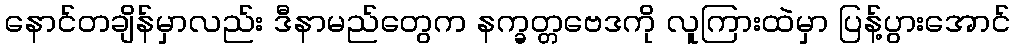
နောင်တချိန်မှာလည်း ဒီနာမည်တွေက နက္ခတ္တဗေဒကို လူကြားထဲမှာ ပြန့်ပွားအောင်